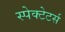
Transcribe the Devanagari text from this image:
स्पेक्टेटर्स